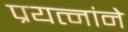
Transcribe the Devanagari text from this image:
प्रयत्नांने